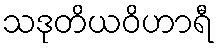
သဒုတိယဝိဟာရီ